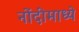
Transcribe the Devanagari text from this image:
नोंदींमाध्ये